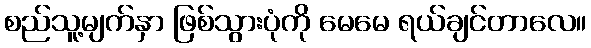
စည်သူ့မျက်နှာ ဖြစ်သွားပုံကို မေမေ ရယ်ချင်တာလေ။